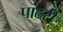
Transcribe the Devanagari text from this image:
पांढरीं